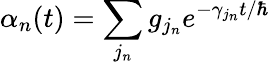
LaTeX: \alpha_{n}(t)=\sum_{j_{n}}g_{j_{n}}e^{-\gamma_{j_{n}}t/\hbar}